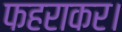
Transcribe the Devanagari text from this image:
फहराकर।